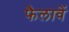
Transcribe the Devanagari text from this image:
फैलावें